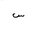
Letter: _sin